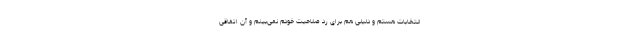
انتخابات هستم و دلیلی هم برای رد صلاحیت خودم نمی‌بینم و آن اتفاقی